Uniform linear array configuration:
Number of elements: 64
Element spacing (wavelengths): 1
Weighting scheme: kaiser
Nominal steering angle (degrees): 45
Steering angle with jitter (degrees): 44.437
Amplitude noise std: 0.05
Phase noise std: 0.05

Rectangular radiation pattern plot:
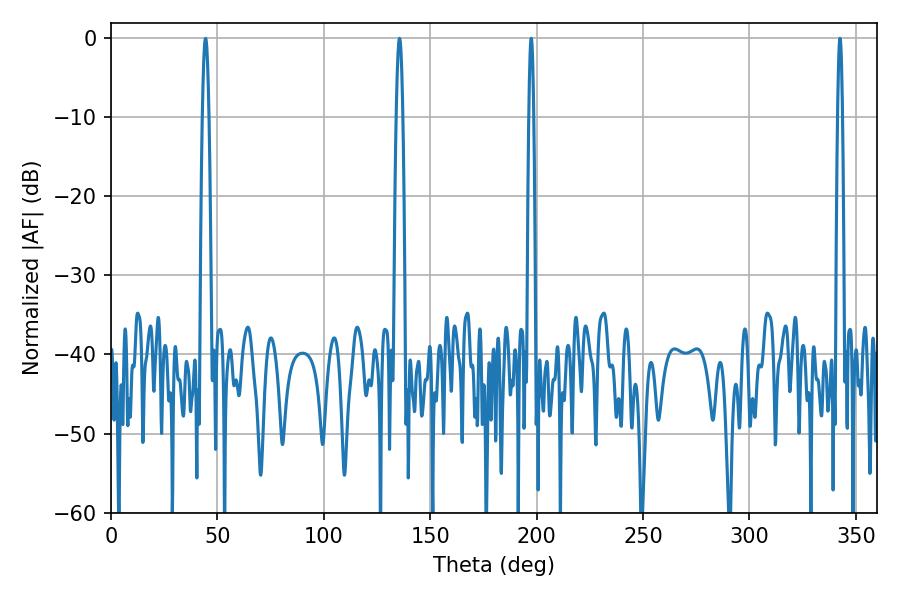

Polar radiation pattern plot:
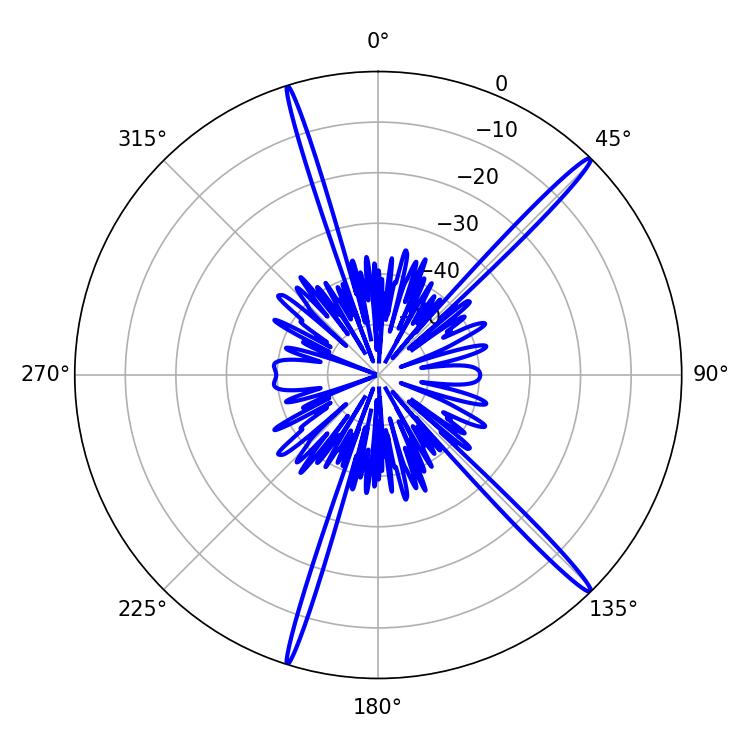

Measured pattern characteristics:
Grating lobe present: TRUE
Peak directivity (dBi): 18.059
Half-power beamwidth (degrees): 1.08
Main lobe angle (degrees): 197.46